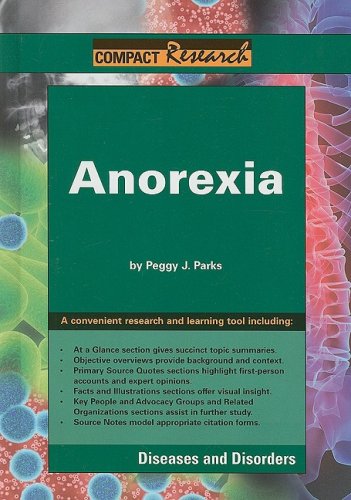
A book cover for Anorexia (Compact Research Series); Peggy J. Parks; Health, Fitness & Dieting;